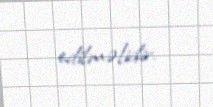
edilməlidir.